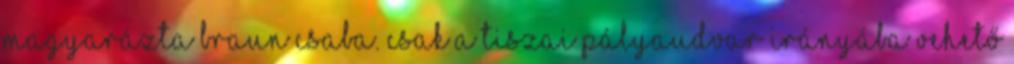
magyarázta Braun Csaba. Csak a Tiszai pályaudvar irányába vehető